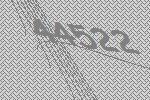
44522